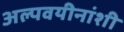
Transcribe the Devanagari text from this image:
अल्पवयीनांशी